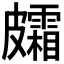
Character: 𥀸